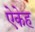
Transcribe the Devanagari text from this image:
ऐकेह